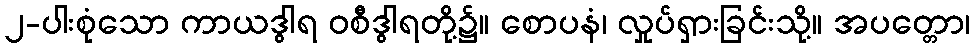
၂-ပါးစုံသော ကာယဒွါရ ဝစီဒွါရတို့၌။ စောပနံ၊ လှုပ်ရှားခြင်းသို့။ အပတ္တော၊